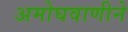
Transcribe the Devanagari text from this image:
अमोघवाणीने